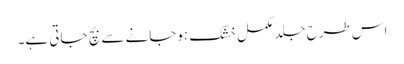
اس طرح جلد مکمل خشک ہوجانے سے بچ جاتی ہے۔